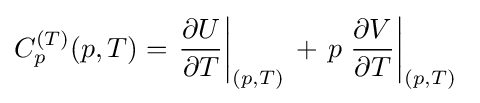
C_{p}^{(T)}(p,T)=\left.{\frac {\partial U}{\partial T}}\right|_{(p,T)}\,+\,p\left.{\frac {\partial V}{\partial T}}\right|_{(p,T)}\